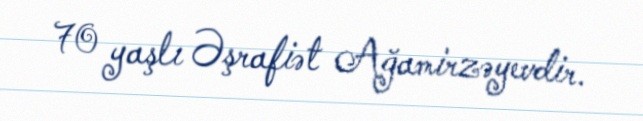
70 yaşlı Əşrafiət Ağamirzəyevdir.